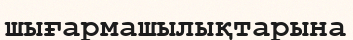
шығармашылықтарына